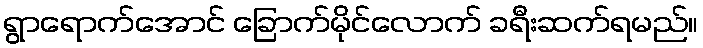
ရွာရောက်အောင် ခြောက်မိုင်လောက် ခရီးဆက်ရမည်။